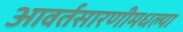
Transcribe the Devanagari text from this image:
आवर्तसारणीमधल्या